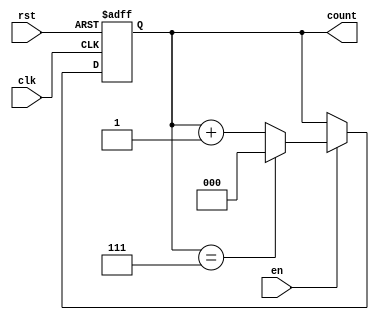
module binary_counter (
    input wire clk,      // Clock signal
    input wire rst,      // Asynchronous reset signal
    input wire en,       // Enable signal
    output reg [n-1:0] count // Current count value (n-bit wide)
);
    parameter n = 3; // Number of bits for the counter (can be changed as needed)
    parameter MAX_COUNT = (1 << n) - 1; // Maximum count value

    // Asynchronous reset and counting behavior
    always @(posedge clk or posedge rst) begin
        if (rst) begin
            count <= 0; // Reset the counter to 0
        end else if (en) begin
            if (count == MAX_COUNT) begin
                count <= 0; // Wrap around to 0
            end else begin
                count <= count + 1; // Increment the counter
            end
        end
    end
endmodule